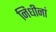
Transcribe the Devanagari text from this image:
निधीनां